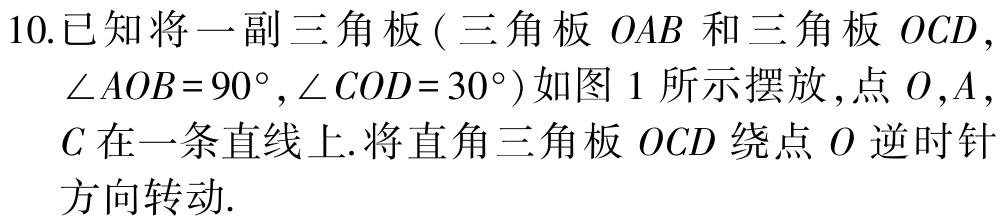
10.已知将一副三角板 ( 三角板 \(OAB\) 和三角板 \(OCD\)，\(\angle AOB = 90^{\circ},\angle COD = 30^{\circ}\)) 如图 1 所示摆放 , 点 \(O\),\(A\), \(C\) 在一条直线上.将直角三角板 \(OCD\) 绕点 \(O\) 逆时针方向转动.